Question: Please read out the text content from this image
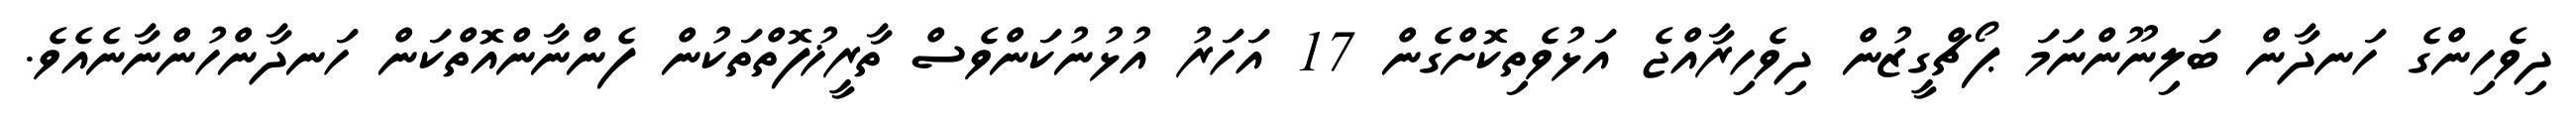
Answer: ދިވެހިންގެ ހަނދާން ބަލިނޫންނަމަ ޕޯޗްގީޒުން ދިވެހިރާއްޖެ އަޅުވެތިކޮށްގެން 17 އަހަރު އުޅުނުކަންވެސް ތާރީޚުފޮތްތަކުން ފެންނާންއޮތްކަން ހަނދާންހުންނާނެއެވެ.